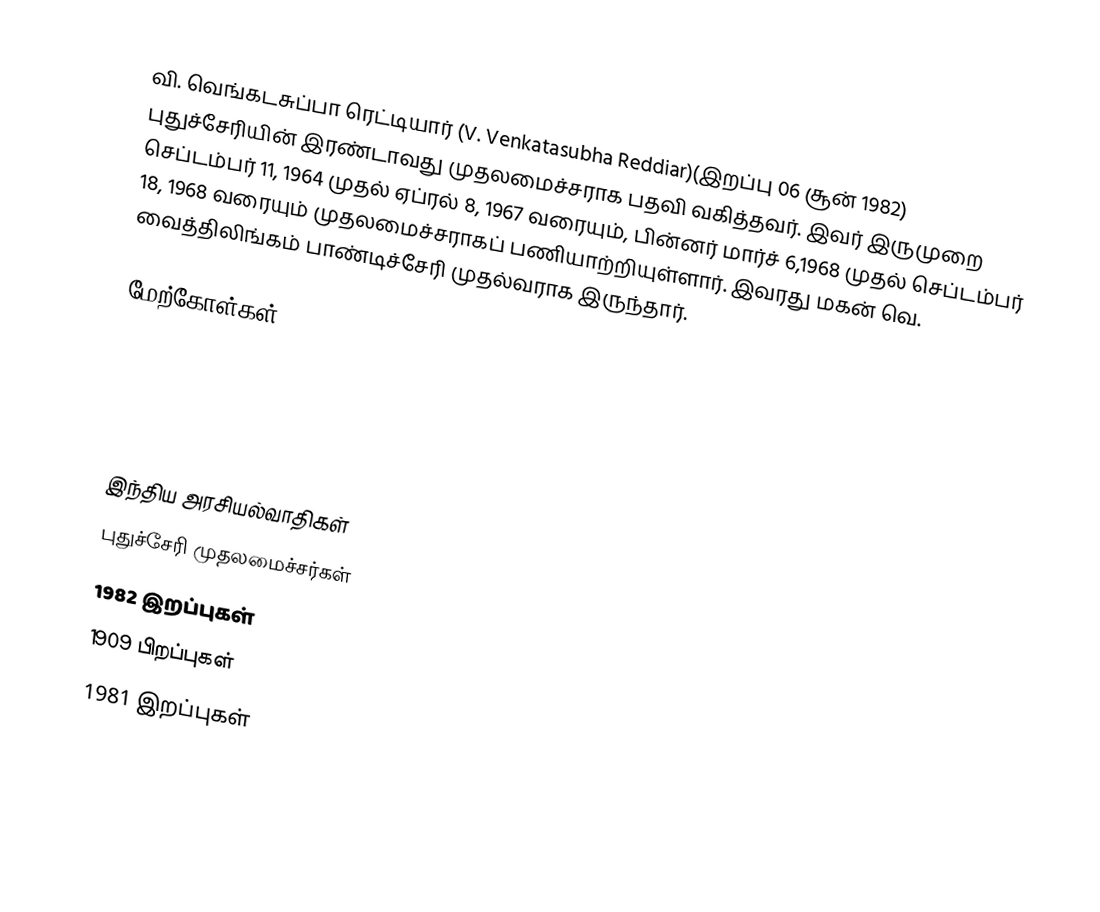
வி. வெங்கடசுப்பா ரெட்டியார் (V. Venkatasubha Reddiar)(இறப்பு 06 சூன் 1982) புதுச்சேரியின் இரண்டாவது முதலமைச்சராக பதவி வகித்தவர். இவர் இருமுறை செப்டம்பர் 11, 1964 முதல் ஏப்ரல் 8, 1967 வரையும், பின்னர் மார்ச் 6,1968 முதல் செப்டம்பர் 18, 1968 வரையும் முதலமைச்சராகப் பணியாற்றியுள்ளார். இவரது மகன் வெ. வைத்திலிங்கம் பாண்டிச்சேரி முதல்வராக இருந்தார்.

மேற்கோள்கள்

இந்திய அரசியல்வாதிகள்
புதுச்சேரி முதலமைச்சர்கள்
1982 இறப்புகள்
1909 பிறப்புகள்
1981 இறப்புகள்